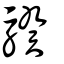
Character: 騤